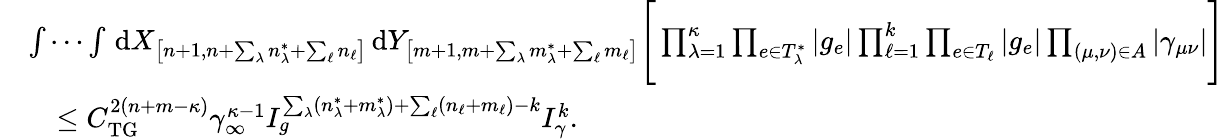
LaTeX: \begin{array}{rl}&{\idotsint\, \textnormal{d}X_{\left[n+1,n+\sum_{\lambda}n_{\lambda}^{*}+\sum_{\ell}n_{\ell}\right]}\, \textnormal{d}Y_{\left[m+1,m+\sum_{\lambda}m_{\lambda}^{*}+\sum_{\ell}m_{\ell}\right]}\Bigg[\prod_{\lambda=1}^{\kappa}\prod_{e\in T_{\lambda}^{*}}|g_{e}|\prod_{\ell=1}^{k}\prod_{e\in T_{\ell}}|g_{e}|\prod_{(\mu,\nu)\in A}\left\vert\gamma_{\mu\nu}\right\vert\Bigg]}\\ &{\quad\leq C_{\textnormal{TG}}^{2(n+m-\kappa)}\gamma_{\infty}^{\kappa-1}I_{g}^{\sum_{\lambda}(n_{\lambda}^{*}+m_{\lambda}^{*})+\sum_{\ell}(n_{\ell}+m_{\ell})-k}I_{\gamma}^{k}.}\end{array}